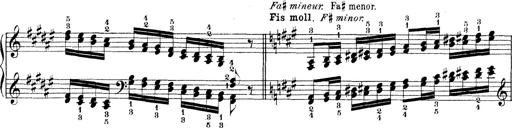
Title: Technische Studien
Composer: Franz Liszt